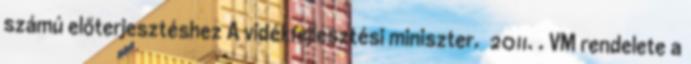
számú előterjesztéshez A vidékfejlesztési miniszter. 2011. . VM rendelete a